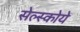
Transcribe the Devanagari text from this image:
सेल्स्कोये